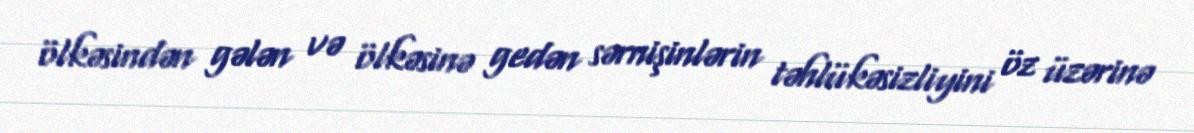
ölkəsindən gələn və ölkəsinə gedən sərnişinlərin təhlükəsizliyini öz üzərinə